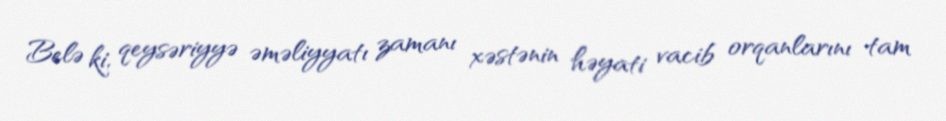
Belə ki, qeysəriyyə əməliyyatı zamanı xəstənin həyati vacib orqanlarını tam